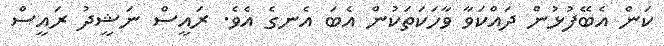
ކަން އެބޭފުޅުން ދައްކަވާ ވާހަކަތަކުން އެބަ އެނގެ އެވެ. ރައީސް ނަޝީދު ރައީސް